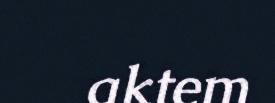
aktem